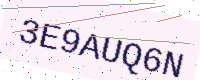
Text: 3E9AUQ6N